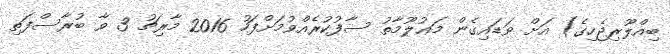
ބިއްލޫރިޖެހިގެ) އަށް ވަޑައިގެން މަޢުލޫމާތު ސާފުކުރެއްވުމަށްފަހު 2016 މާރިޗު 3 ވާ ބުރާސްފަތި